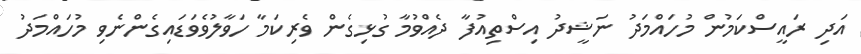
އަދި ރައީސްކަމުން މުހައްމަދު ނަޝީދު އިސްތިއުފާ ދެއްވުމާ ގުޅިގެން ވެރިކަމާ ހަވާލުވެވަޑައިގެންނެވި މުހައްމަދު